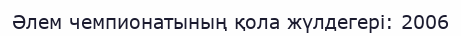
Әлем чемпионатының қола жүлдегері: 2006